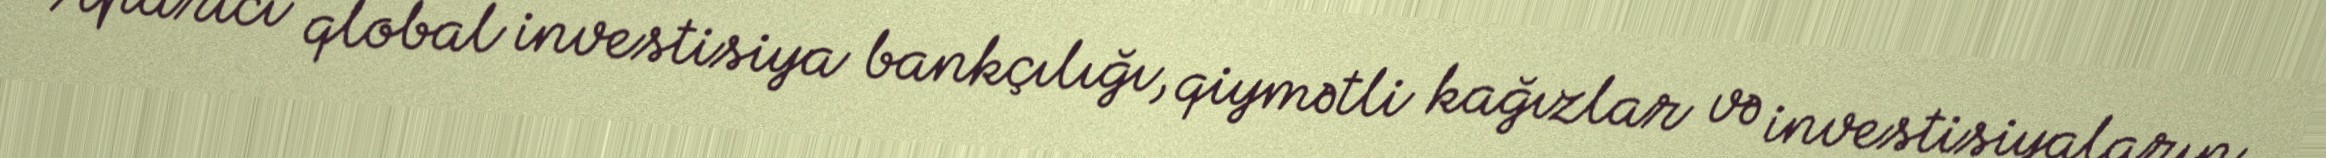
Aparıcı qlobal investisiya bankçılığı, qiymətli kağızlar və investisiyaların